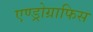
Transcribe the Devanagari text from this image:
एण्ड्रोग्राफिस